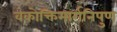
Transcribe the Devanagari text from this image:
वकोक्तिमार्गनिपुण